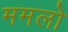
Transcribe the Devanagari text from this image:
ममलो